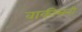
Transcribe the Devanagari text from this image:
वाकीसनी